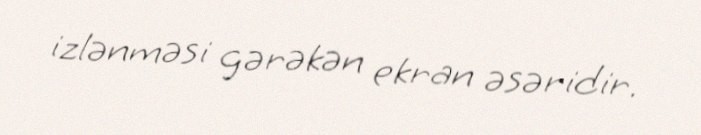
izlənməsi gərəkən ekran əsəridir.